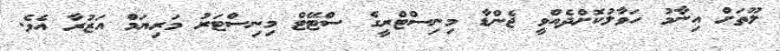
ލޫތަށް އިނާމު ހަވާލުކޮށްދެއްވީ ޖެންޑާ މިނިސްޓްރީގެ ސްޓޭޓް މިނިސްޓަރު މަރިޔަމް އަޒުރާ އެވެ.